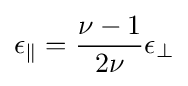
\epsilon _{\parallel }={\frac {\nu -1}{2\nu }}\epsilon _{\perp }